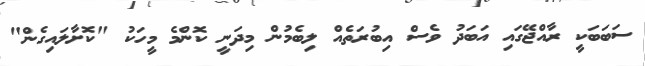
ސަބަބަކީ ރާއްޖޭގައި އަބަދު ވެސް އިބުރަތެއް ލިބެމުން މިދަނީ ކޮންމެ މީހަކު "ކޮށާލައިގެން"